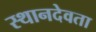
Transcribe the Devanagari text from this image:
स्थानदेवता